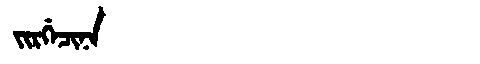
Manchu: ᠵᡳᡵᡤᡝᠴᡳᠨᠠ
Romanization: JIRGECINA